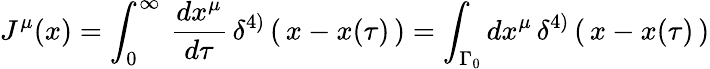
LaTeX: J^{\mu}(x)=\int_{0}^{\infty}\, {\frac{dx^{\mu}}{d\tau}}\, \delta^{4)}\left(\, x-x(\tau)\, \right)=\int_{\Gamma_{0}}dx^{\mu}\, \delta^{4)}\left(\, x-x(\tau)\, \right)